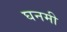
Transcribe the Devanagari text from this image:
घनमी